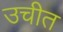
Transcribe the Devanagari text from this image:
उचीत